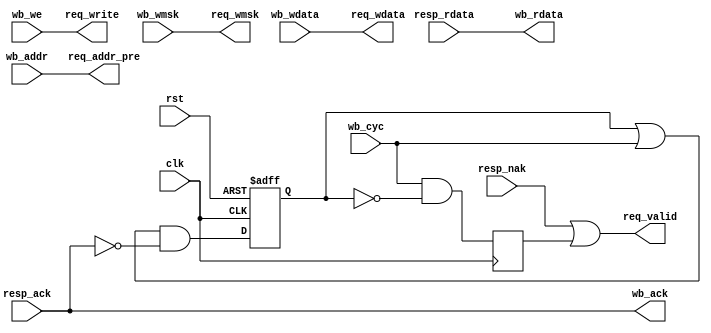
module mc_bus_wb #(
	parameter integer ADDR_WIDTH = 24,

	// auto
	parameter integer BL = ADDR_WIDTH - 1
)(
	// Wishbone bus
	input  wire [BL:0] wb_addr,
	input  wire [31:0] wb_wdata,
	input  wire [ 3:0] wb_wmsk,
	output wire [31:0] wb_rdata,
	input  wire        wb_cyc,
	input  wire        wb_we,
	output wire        wb_ack,

	// Request output
	output wire [BL:0] req_addr_pre,	// 1 cycle early

	output wire        req_valid,

	output wire        req_write,
	output wire [31:0] req_wdata,
	output wire [ 3:0] req_wmsk,

	// Response input
	input  wire        resp_ack,
	input  wire        resp_nak,
	input  wire [31:0] resp_rdata,

	// Common
	input  wire clk,
	input  wire rst
);
	// Control path
	reg pending;
	reg new;

	always @(posedge clk or posedge rst)
		if (rst)
			pending <= 1'b0;
		else
			pending <= (pending | wb_cyc) & ~resp_ack;

	always @(posedge clk)
		new <= wb_cyc & ~pending;

	assign req_addr_pre = wb_addr;
	assign req_valid = resp_nak | new;

	assign wb_ack = resp_ack;

	// Write path
	assign req_write = wb_we;
	assign req_wdata = wb_wdata;
	assign req_wmsk  = wb_wmsk;

	// Read path
	assign wb_rdata  = resp_rdata;

endmodule